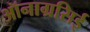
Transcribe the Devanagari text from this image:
ऑनाग्रसिई